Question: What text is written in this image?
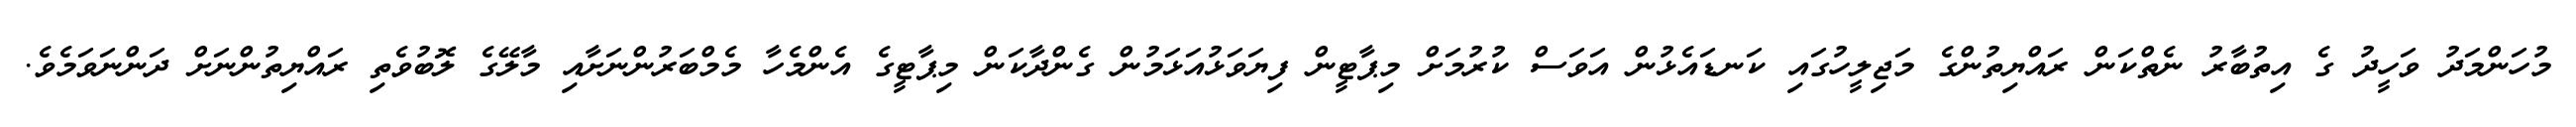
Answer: މުހަންމަދު ވަހީދު ގެ އިތުބާރު ނެތްކަން ރައްޔިތުންގެ މަޖިލީހުގައި ކަނޑައެޅުން އަވަސް ކުރުމަށް މިޕާޓީން ފިޔަވަޅުއަޅަމުން ގެންދާކަން މިޕާޓީގެ އެންމެހާ މެމްބަރުންނަށާއި މާލޭގެ ލޮބުވެތި ރައްޔިތުންނަށް ދަންނަވަމެވެ.